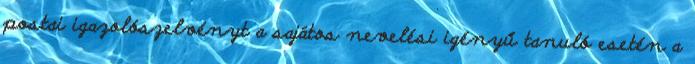
postai igazolószelvényt a sajátos nevelési igényű tanuló esetén a